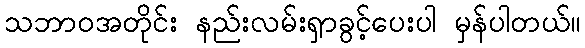
သဘာဝအတိုင်း နည်းလမ်းရှာခွင့်ပေးပါ မှန်ပါတယ်။